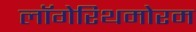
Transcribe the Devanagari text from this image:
लॉगेरिथमोरम